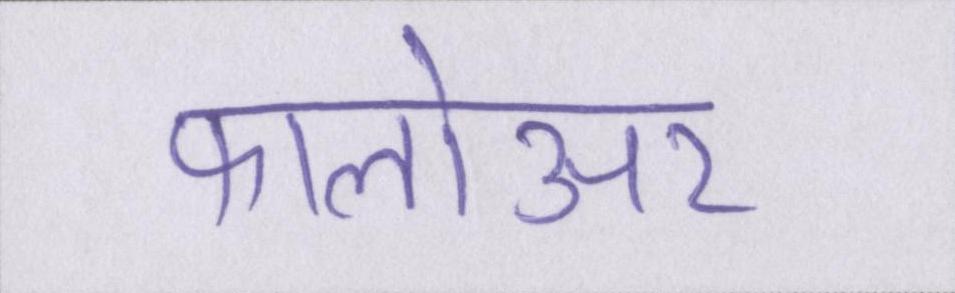
फालोअर